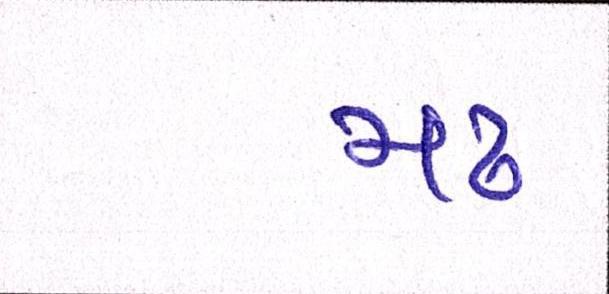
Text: મઢ